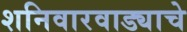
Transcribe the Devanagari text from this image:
शनिवारवाड्याचे